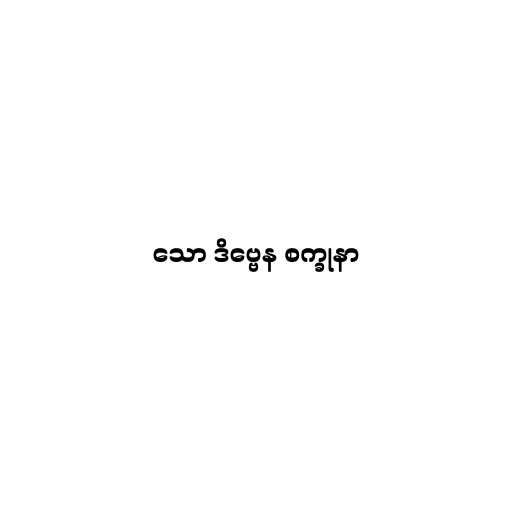
သော ဒိဗ္ဗေန စက္ခုနာ